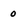
Character: 0